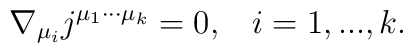
\nabla _{\mu _i}j^{\mu _1\cdot \cdot \cdot \mu _k}=0,\;\;\;i=1,...,k.